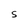
Character: S